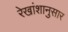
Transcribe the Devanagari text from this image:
रेखांशानुसार